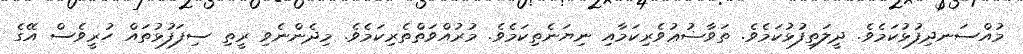
މުއްސަނދިފުޅުކަމެވެ. ދީލަތިފުޅުކަމެވެ. ތަވާޟުޢުވެރިކަމާއި ނިޔަނެތިކަމެވެ. މުރުއްވަތްތެރިކަމެވެ. މިދެންނެވި ރީތި ސިފަފުޅުތައް ހުރީވެސް އޭގެ